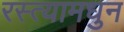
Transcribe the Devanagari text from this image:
रस्त्यामधुन